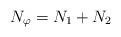
LaTeX: \begin{align*}N_{\varphi} = N_{1} + N_{2}\end{align*}